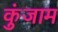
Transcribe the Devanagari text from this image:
कुंजाम